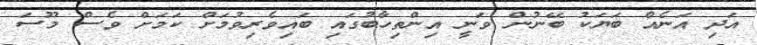
އަދި އަނެއް ބަޔަކު ބޭނުން ވަނީ އިންތިހާބުގައި ބައިވެރިވުމަށް ކަމަށް ވެސް މޫސަ